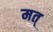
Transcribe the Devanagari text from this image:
मत्